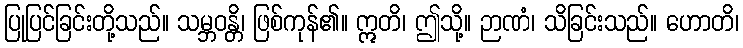
ပြုပြင်ခြင်းတို့သည်။ သမ္ဘဝန္တိ၊ ဖြစ်ကုန်၏။ ဣတိ၊ ဤသို့။ ဉာဏံ၊ သိခြင်းသည်။ ဟောတိ၊